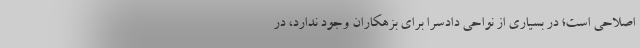
اصلاحی است؛ در بسیاری از نواحی دادسرا برای بزهکاران وجود ندارد، در